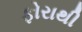
ફોરાથી